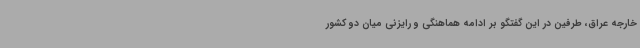
خارجه عراق، طرفین در این گفتگو بر ادامه هماهنگی و رایزنی میان دو کشور